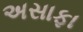
અસાફા